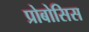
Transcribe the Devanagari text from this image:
प्रोबोसिस